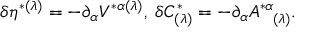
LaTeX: \delta \eta ^ { * ( \lambda ) } = - \partial _ { \alpha } V ^ { * \alpha ( \lambda ) } , \; \delta C _ { ( \lambda ) } ^ { * } = - \partial _ { \alpha } A _ { \; \; \; ( \lambda ) } ^ { * \alpha } .